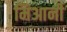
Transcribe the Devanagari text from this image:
मिआनी